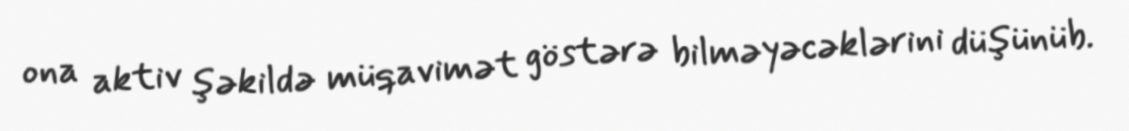
ona aktiv şəkildə müqavimət göstərə bilməyəcəklərini düşünüb.